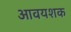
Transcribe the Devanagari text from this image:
आवयशक